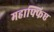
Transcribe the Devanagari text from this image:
महाफ्फिए